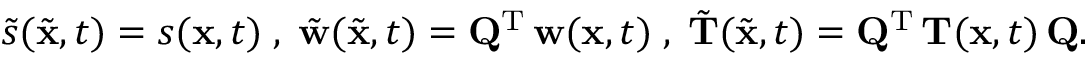
\begin{array} { r } { \tilde { s } ( \tilde { { \mathbf x } } , t ) = s ( { \mathbf x } , t ) \; , \; \tilde { { \mathbf w } } ( \tilde { { \mathbf x } } , t ) = { \mathbf Q } ^ { { \mathrm T } } \, { \mathbf w } ( { \mathbf x } , t ) \; , \; \tilde { { \mathbf T } } ( \tilde { { \mathbf x } } , t ) = { \mathbf Q } ^ { { \mathrm T } } \, { \mathbf T } ( { \mathbf x } , t ) \, { \mathbf Q } . } \end{array}